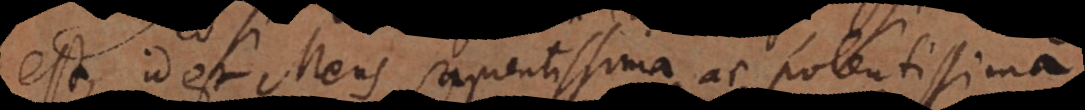
est, id est Mens sapientissima ac potentissima,